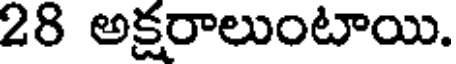
28 అక్షరాలుంటాయి.